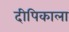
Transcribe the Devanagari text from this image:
दीपिकाला